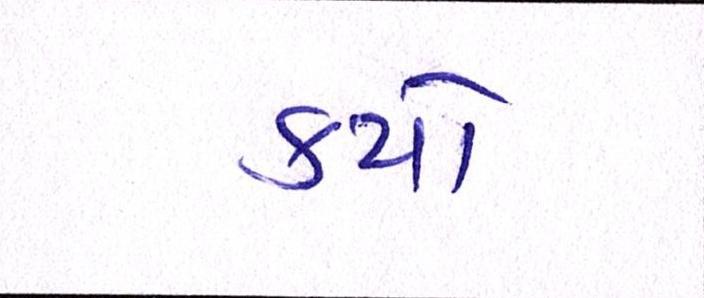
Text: કયો